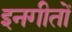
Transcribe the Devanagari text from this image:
इनगीतों